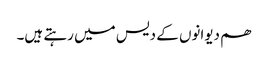
ھم دیوانوں کے دیس میں رہتے ہیں۔